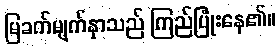
မြခက်မျက်နှာသည် ကြည်ပြုံးနေ၏။